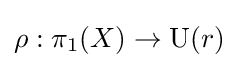
\rho :\pi _{1}(X)\to \operatorname {U} (r)